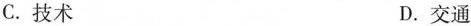
C.技术 D.交通